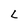
Character: L